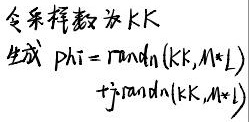
令采样数为\(kK\)。
\[\begin{align*}
\text{生成 }\phi&=\text{randn}(kK,M\times L)\\
&+j\text{randn}(kK,M\times L)
\end{align*}\]